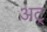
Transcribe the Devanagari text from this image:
अट्